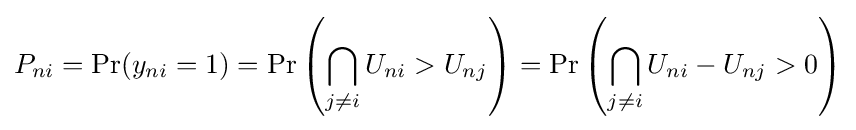
P_{ni}=\Pr(y_{ni}=1)=\Pr \left(\bigcap _{j\neq i}U_{ni}>U_{nj}\right)=\Pr \left(\bigcap _{j\neq i}U_{ni}-U_{nj}>0\right)